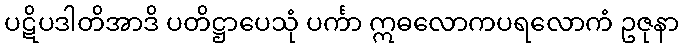
ပဋိပဒါတိအာဒိ ပတိဋ္ဌာပေသုံ ပင်္ကာ ဣဓလောကပရလောကံ ဥဇုနာ